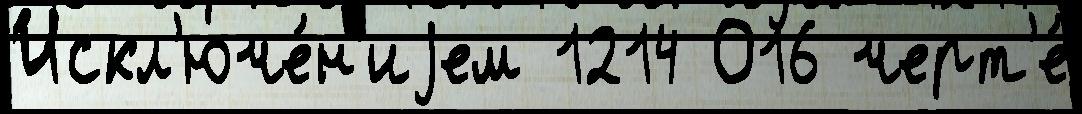
Искл'юче́н'иjем 1214 О16 черт'е́